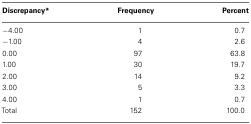
<table><thead><tr><td><b>Discrepancy*</b></td><td><b>Frequency</b></td><td><b>Percent</b></td></tr></thead><tbody><tr><td>−4.00</td><td>1</td><td>0.7</td></tr><tr><td>−1.00</td><td>4</td><td>2.6</td></tr><tr><td>0.00</td><td>97</td><td>63.8</td></tr><tr><td>1.00</td><td>30</td><td>19.7</td></tr><tr><td>2.00</td><td>14</td><td>9.2</td></tr><tr><td>3.00</td><td>5</td><td>3.3</td></tr><tr><td>4.00</td><td>1</td><td>0.7</td></tr><tr><td>Total</td><td>152</td><td>100.0</td></tr></tbody></table>